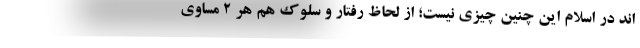
اند در اسلام این چنین چیزی نیست؛ از لحاظ رفتار و سلوک هم هر ۲ مساوی